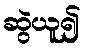
ဆွဲယူ၍